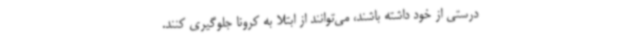
درستی از خود داشته باشند، می‌توانند از ابتلا به کرونا جلوگیری کنند.